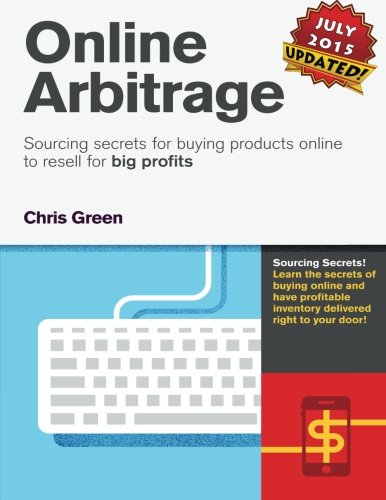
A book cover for Online Arbitrage: Sourcing Secrets for Buying Products Online to Resell for BIG PROFITS; Mr. Chris Green; Business & Money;